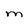
Character: M